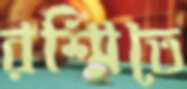
রশ্মিতে